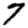
Digit: 7